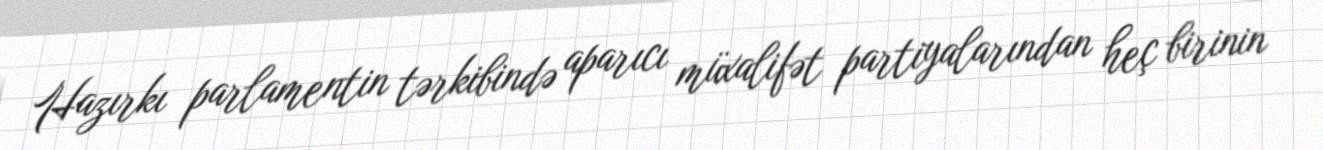
Hazırkı parlamentin tərkibində aparıcı müxalifət partiyalarından heç birinin